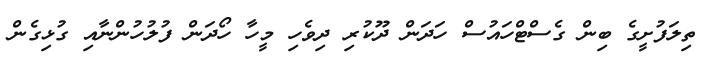
ތިލަފުށީގެ ބިން ގެސްޓްހައުސް ހަދަން ދޫކުރި ދިވެހި މީހާ ހޯދަން ފުލުހުންނާއި ގުޅިގެން